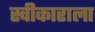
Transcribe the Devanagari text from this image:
स्वीकाराला